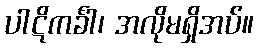
ပါဋိကင်္ခါ၊ အလိုမရှိအပ်။